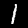
Digit: 1